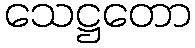
သေဋ္ဌတော